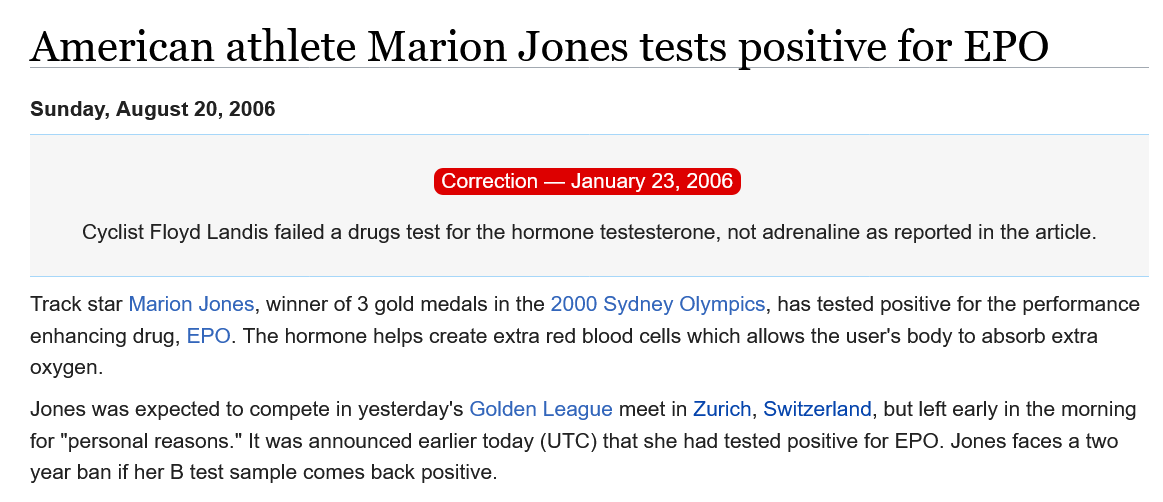
American    athlete    Marion    Jones   tests    positive    for   EPO
   Sunday, August 20, 2006
   Jones was expected to compete in yesterday's Golden League meet in Zurich, Switzerland, but left early in the morning
   for "personal reasons." It was announced earlier today (UTC) that she had tested positive for EPO. Jones faces a two
   year ban if her B test sample comes back positive.
   Track star Marion Jones, winner of 3 gold medals in the 2000 Sydney Olympics, has tested positive for the performance
   enhancing drug, EPO. The hormone helps create extra red blood cells which allows the user's body to absorb extra
   oxygen.
     Cyclist Floyd Landis failed a drugs test for the hormone testesterone, not adrenaline as reported in the article.
     Correction
     —  January 23, 2006